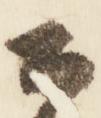
公